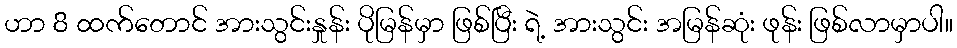
ဟာ 8 ထက်တောင် အားသွင်းနှုန်း ပိုမြန်မှာ ဖြစ်ပြီး ရဲ့ အားသွင်း အမြန်ဆုံး ဖုန်း ဖြစ်လာမှာပါ။